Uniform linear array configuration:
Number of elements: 64
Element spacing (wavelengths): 0.5
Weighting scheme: kaiser
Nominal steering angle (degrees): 0
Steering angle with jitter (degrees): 0.8374
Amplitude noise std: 0.05
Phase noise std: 0.05

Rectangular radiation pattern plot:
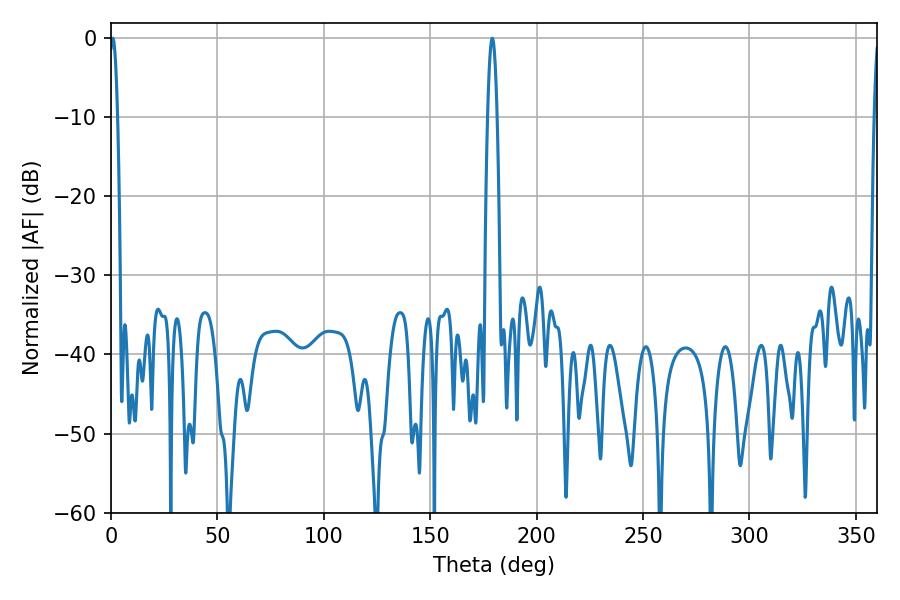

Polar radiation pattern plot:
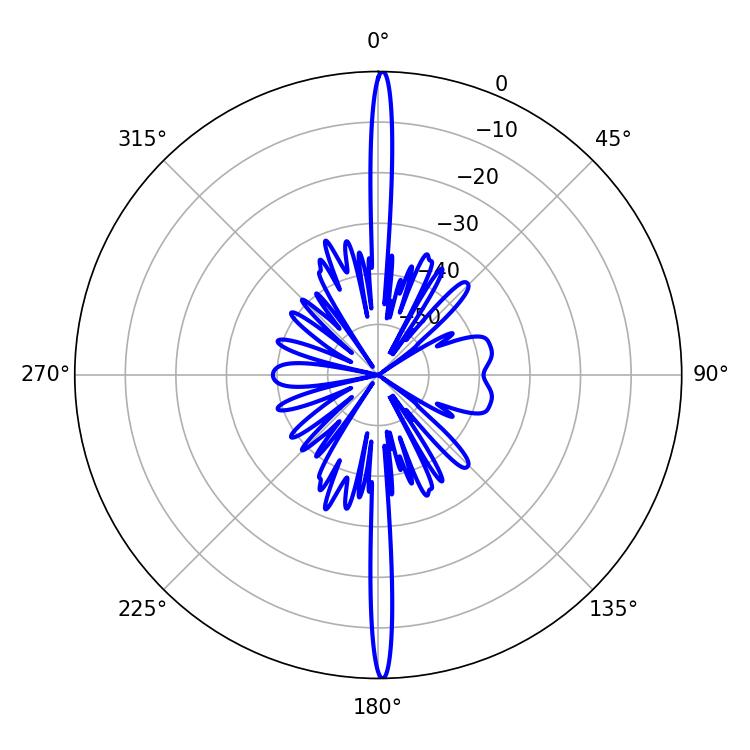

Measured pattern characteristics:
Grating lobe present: FALSE
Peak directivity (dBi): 31.451
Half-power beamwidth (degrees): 1.98
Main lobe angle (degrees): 0.9